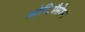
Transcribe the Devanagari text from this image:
ओप्टिमैसेश्न्न